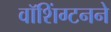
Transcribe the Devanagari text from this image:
वॉशिंग्टनने